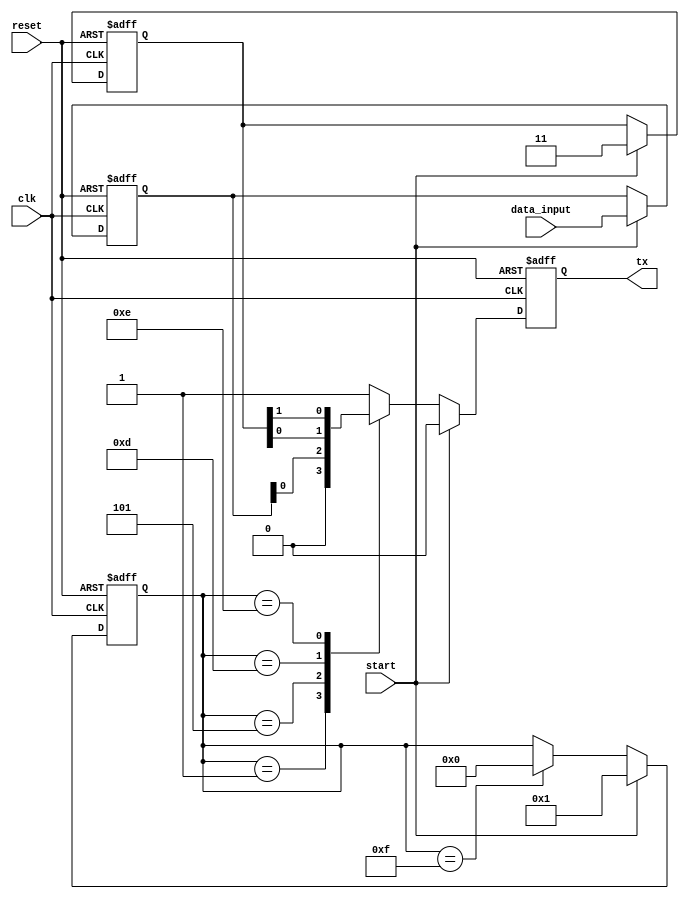
module UART_transmitter (
    input wire clk,
    input wire reset,
    input wire start,
    input wire [7:0] data_input,
    output reg tx
);

parameter BAUD_RATE = 9600;
parameter CLOCK_FREQUENCY = 50000000; // Assume a 50 MHz clock frequency

reg [3:0] bit_counter;
reg [3:0] baud_counter;
reg [7:0] data;
reg [1:0] stop_bits;
reg transmit_enable;
reg transmit_ready;

always @ (posedge clk or posedge reset) begin
    if (reset) begin
        bit_counter <= 4'b0000;
        baud_counter <= 4'b0000;
        data <= 8'b00000000;
        stop_bits <= 2'b00;
        transmit_enable <= 1'b0;
        transmit_ready <= 1'b1;
        tx <= 1'b1;
    end else begin
        if (start) begin
            bit_counter <= 4'b0001;
            baud_counter <= 4'b0000;
            data <= data_input;
            stop_bits <= 2'b11;
            transmit_enable <= 1'b1;
            transmit_ready <= 1'b0;
            tx <= 1'b0;
        end else begin
            case (bit_counter)
                4'b0001: tx <= 1'b0;
                4'b0101: tx <= data[0];
                4'b1101: tx <= stop_bits[0];
                4'b1110: tx <= stop_bits[1];
                4'b1111: begin
                    bit_counter <= 4'b0000;
                    transmit_enable <= 1'b0;
                    transmit_ready <= 1'b1;
                    tx <= 1'b1;
                end
                default: tx <= 1'b1;
            endcase
            if (baud_counter == CLOCK_FREQUENCY / (BAUD_RATE * 16)) begin
                if (transmit_enable && !transmit_ready) begin
                    bit_counter <= bit_counter + 1;
                end
                baud_counter <= 4'b0000;
            end else begin
                baud_counter <= baud_counter + 1;
            end
        end
    end
end

endmodule